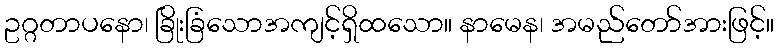
ဥဂ္ဂတာပနော၊ ခြိုးခြံသောအကျင့်ရှိထသော။ နာမေန၊ အမည်တော်အားဖြင့်။